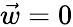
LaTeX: \vec{w}=0